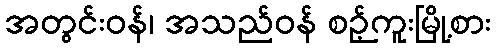
အတွင်းဝန်၊ အသည်ဝန် စဉ့်ကူးမြို့စား